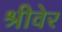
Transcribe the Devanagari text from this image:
श्रीवेर